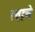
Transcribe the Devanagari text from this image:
त्वाचे